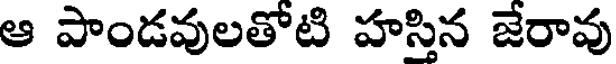
ఆ పాండవులతోటి హస్తిన జేరావు